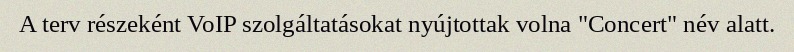
A terv részeként VoIP szolgáltatásokat nyújtottak volna "Concert" név alatt.